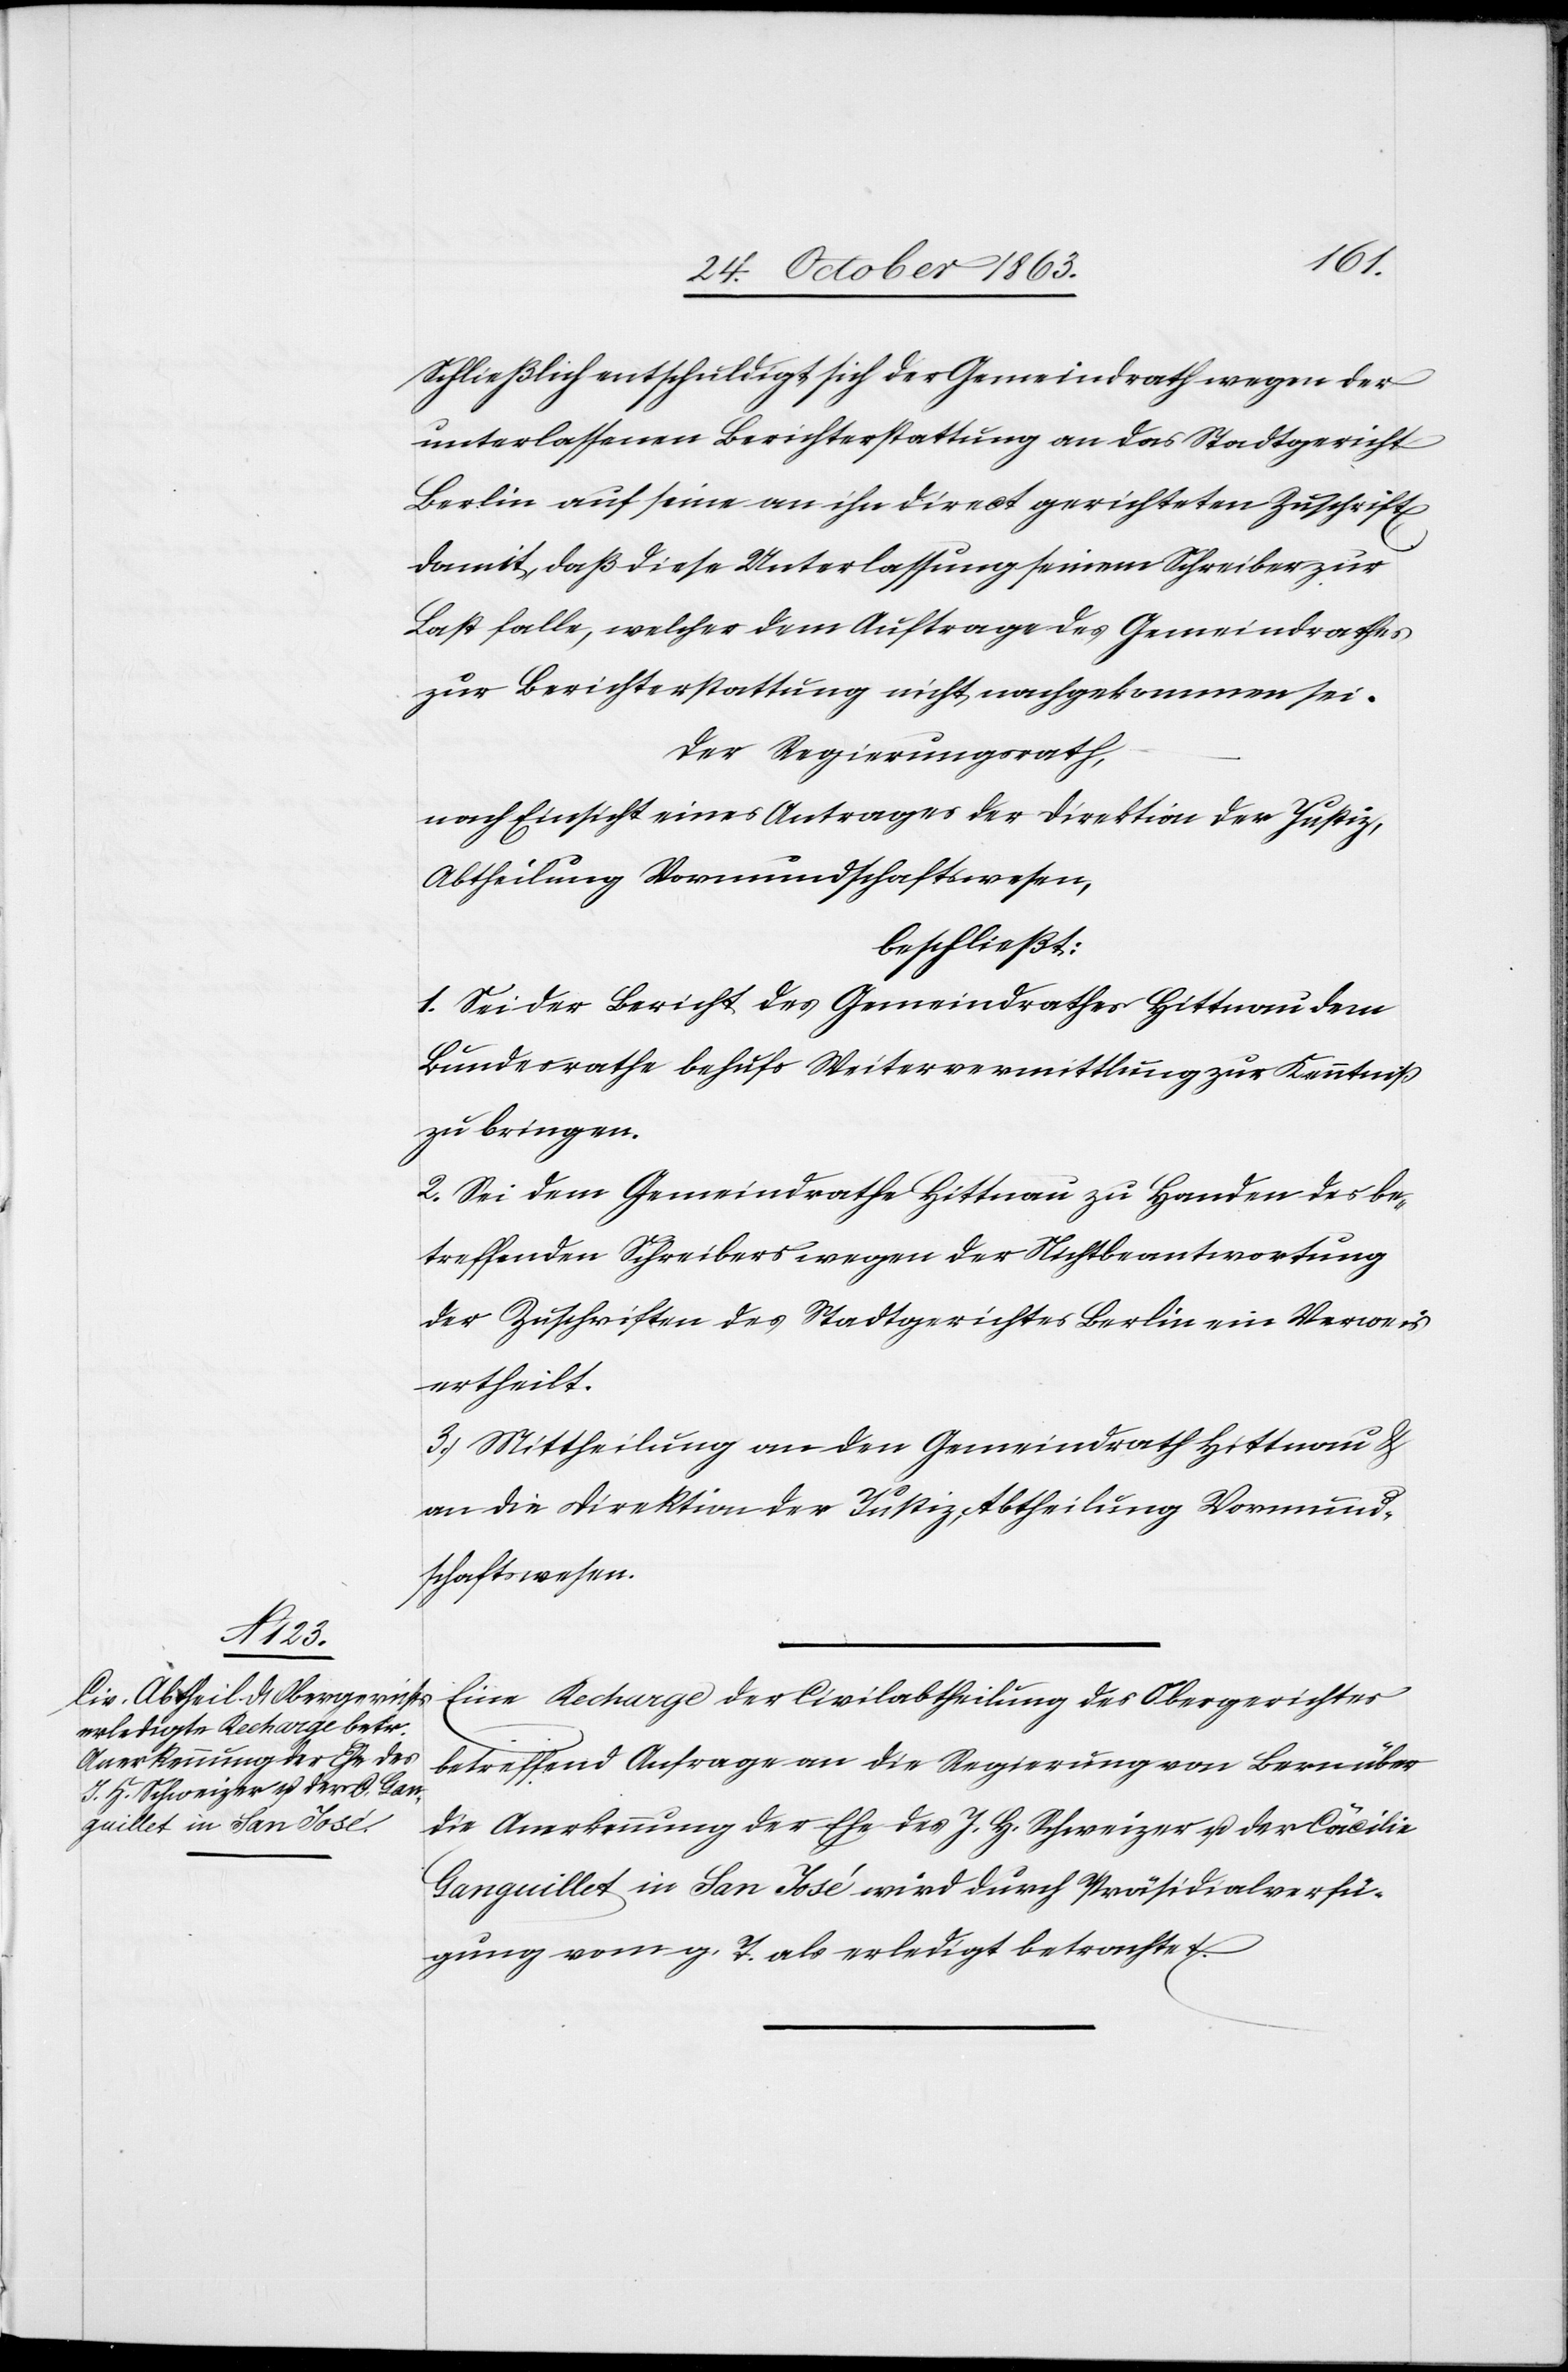
Schließlich entschuldigt sich der Gemeindrath wegen der
unterlassenen Berichterstattung an das Stadtgericht
Berlin auf seine an ihn direct gerichteten Zuschrift[en]
damit, daß diese Unterlassung seinem Schreiber zur
Last falle, welcher dem Auftrage des Gemeindrathes
zur Berichterstattung nicht nachgekommen sei.
Der Regierungsrath,
nach Einsicht eines Antrages der Direktion der Justiz,
Abtheilung Vormundschaftswesen,
beschließt:
1. Sei der Bericht des Gemeindrathes Hittnau dem
Bundesrathe behufs Weitervermittlung zur Kenntniß
zu bringen.
2. Sei dem Gemeindrathe Hittnau zu Handen des be¬
treffenden Schreibers wegen der Nichtbeantwortung
der Zuschriften des Stadtgerichtes Berlin ein Verweis
ertheilt.
3. Mittheilung an den Gemeindrath Hittnau &
an die Direktion der Justiz, Abtheilung Vormund¬
schaftswesen.
Eine Recharge der Civilabtheilung des Obergerichtes
betreffend Anfrage an die Regierung von Bern über
die Anerkennung der Ehe des J. H. Schweizer u. der Cäcilie
Ganguillet in San José wird durch Präsidialverfü¬
gung vom g. T. als erledigt betrachtet.